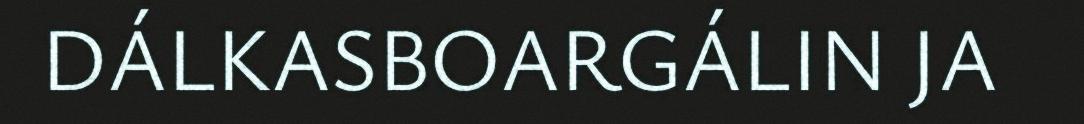
DÁLKASBOARGÁLIN JA